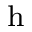
_ \mathrm { h }